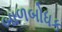
બાળબોધક